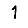
Digit: 1